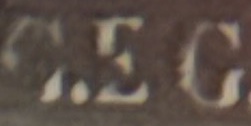
G.E C